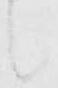
候